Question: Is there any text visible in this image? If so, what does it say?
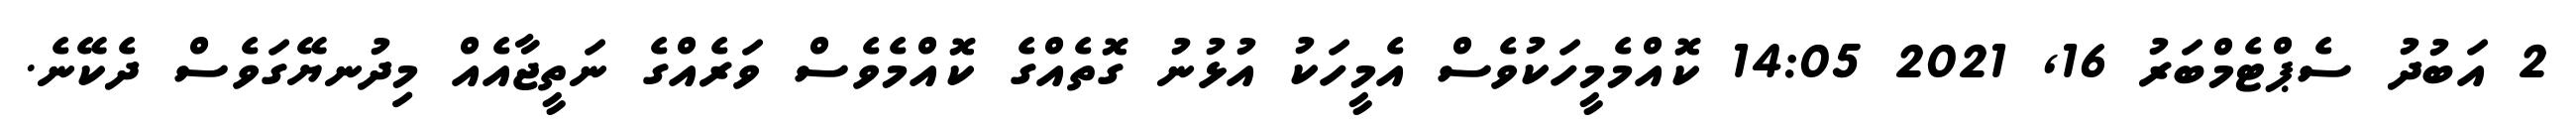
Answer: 2 އަބުދު ސެޕްޓެމްބަރު 16, 2021 14:05 ކޮއްމެމީހަކުވެސް އެމީހަކު އުޅުނު ގޮތެއްގެ ކޮއްމެވެސް ވަރެއްގެ ނަތީޖާއެއް މިދުނޔޭގަވެސް ދެކޭނެ.